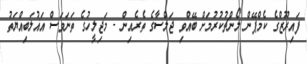
ފައިރޫޒްގެ ކެމްޕޭން ލޯންޗުކުރުމަށް ބޭއްވި ޖަލްސާގެ ތެރެއިން - މަޖިލީހުގެ ތަނަވަސް އަޣުލަބިއްޔަތު